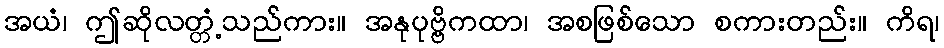
အယံ၊ ဤဆိုလတ္တံ့သည်ကား။ အနုပုဗ္ဗိကထာ၊ အစဖြစ်သော စကားတည်း။ ကိရ၊